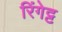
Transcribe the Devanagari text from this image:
रिंगेट्ट